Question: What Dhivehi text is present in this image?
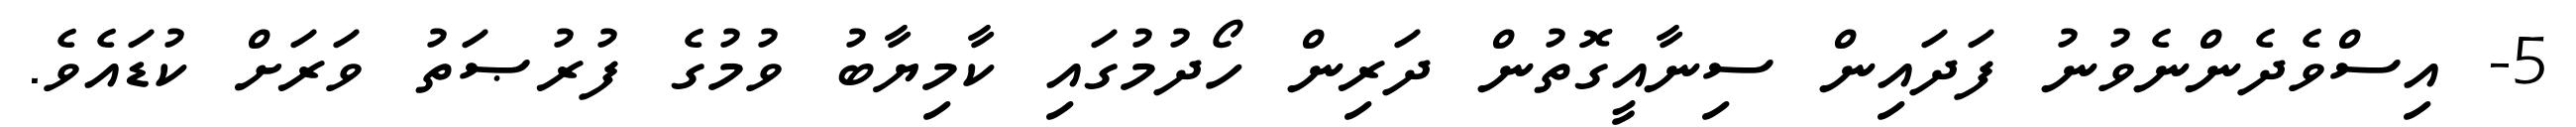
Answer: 5- އިސްވެދެންނެވުނު ފަދައިން ސިނާއީގޮތުން ދަރިން ހޯދުމުގައި ކާމިޔާބު ވުމުގެ ފުރުޞަތު ވަރަށް ކުޑައެވެ.